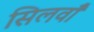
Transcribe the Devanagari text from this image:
सिलवाँ